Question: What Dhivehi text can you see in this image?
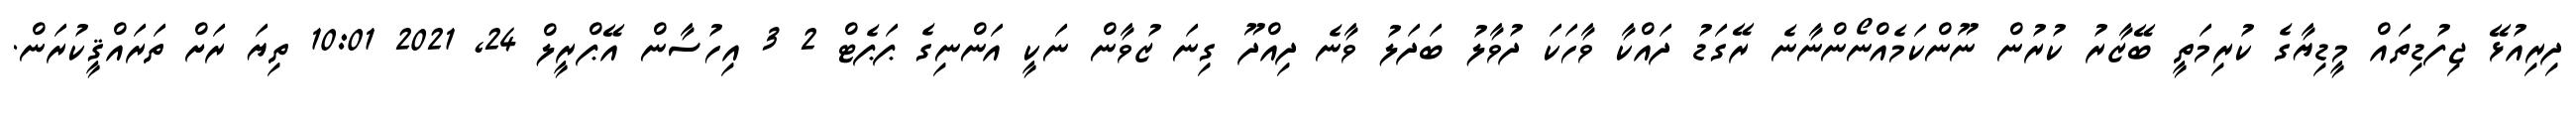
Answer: ދިރިއުޅޭ ޖިފުޑިތައް މީޑިޔާގެ ކުރިމަތީ ބޭޒާރު ކުރުން ނޫންކަމެއްނޯންނާނެ ރޭގަޑު ދައްކާ ވާހަކަ ދުވާލު ބަދަލު ވާނެ ދިއްދޫ ގިނަ ޒުވާން ނަކީ އަންނިގެ ޕަޕެޓް 2 3 އިހުސާން އޭޕްރީލް 24, 2021 10:01 ތިޔަ ރަށް ތަރައްޤީކުރަން.